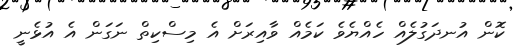
ކޮން އުނދަގުލެއް ހެއްޔެވެ ކަމެއް ވާއިރަށް އެ މިސްކިތް ނަގަން އެ އުޅެނީ